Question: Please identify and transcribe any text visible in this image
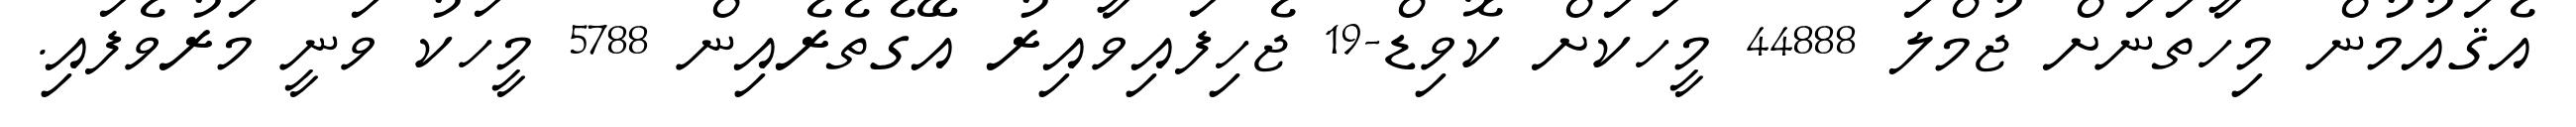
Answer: އެޤައުމުން މިހާތަނަށް ޖުމްލަ 44888 މީހަކަށް ކޮވިޑް-19 ޖެހިފައިވާއިރު އޭގެތެރެއިން 5788 މީހަކު ވަނީ މަރުވެފައި.